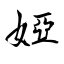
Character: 婭